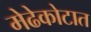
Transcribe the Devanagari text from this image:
मेढेकोटात